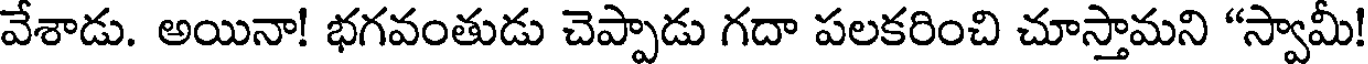
వేశాడు. అయినా! భగవంతుడు చెప్పాడు గదా పలకరించి చూస్తామని "స్వామీ!